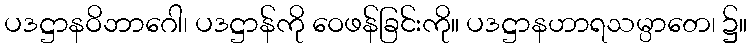
ပဒဋ္ဌာနဝိဘာဂေါ၊ ပဒဋ္ဌာန်ကို ဝေဖန်ခြင်းကို။ ပဒဋ္ဌာနဟာရသမ္ပာတေ၊ ၌။